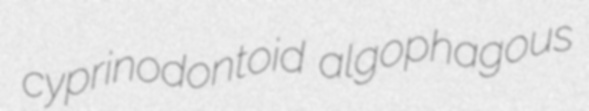
cyprinodontoid algophagous